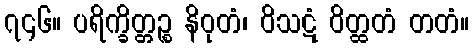
၇၄၆။ ပရိက္ခိတ္တဉ္စ နိဝုတံ၊ ဝိသဋံ ဝိတ္ထတံ တတံ။